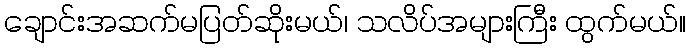
ချောင်းအဆက်မပြတ်ဆိုးမယ်၊ သလိပ်အများကြီး ထွက်မယ်။